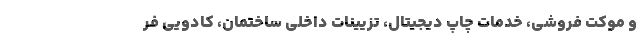
و موکت فروشی، خدمات چاپ دیجیتال، تزیینات داخلی ساختمان، کادویی فر